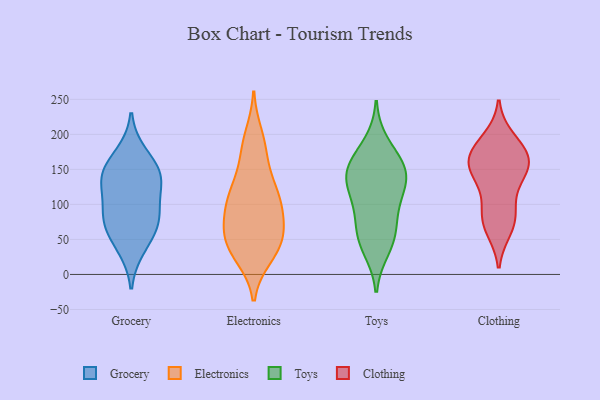
{"axis": {"x": "Churn Rate (%)", "y": "Value"}, "legend": ["Clothing", "Electronics", "Grocery", "Toys"], "data": [{"x": "", "y": 138, "type": "Grocery"}, {"x": "", "y": 128, "type": "Grocery"}, {"x": "", "y": 77, "type": "Grocery"}, {"x": "", "y": 85, "type": "Grocery"}, {"x": "", "y": 140, "type": "Grocery"}, {"x": "", "y": 172, "type": "Grocery"}, {"x": "", "y": 60, "type": "Grocery"}, {"x": "", "y": 89, "type": "Grocery"}, {"x": "", "y": 147, "type": "Grocery"}, {"x": "", "y": 38, "type": "Grocery"}, {"x": "", "y": 181, "type": "Electronics"}, {"x": "", "y": 35, "type": "Electronics"}, {"x": "", "y": 174, "type": "Electronics"}, {"x": "", "y": 99, "type": "Electronics"}, {"x": "", "y": 86, "type": "Electronics"}, {"x": "", "y": 109, "type": "Electronics"}, {"x": "", "y": 198, "type": "Electronics"}, {"x": "", "y": 53, "type": "Electronics"}, {"x": "", "y": 107, "type": "Electronics"}, {"x": "", "y": 72, "type": "Electronics"}, {"x": "", "y": 49, "type": "Electronics"}, {"x": "", "y": 28, "type": "Electronics"}, {"x": "", "y": 133, "type": "Electronics"}, {"x": "", "y": 58, "type": "Electronics"}, {"x": "", "y": 131, "type": "Electronics"}, {"x": "", "y": 104, "type": "Electronics"}, {"x": "", "y": 53, "type": "Electronics"}, {"x": "", "y": 26, "type": "Electronics"}, {"x": "", "y": 135, "type": "Toys"}, {"x": "", "y": 160, "type": "Toys"}, {"x": "", "y": 68, "type": "Toys"}, {"x": "", "y": 63, "type": "Toys"}, {"x": "", "y": 36, "type": "Toys"}, {"x": "", "y": 104, "type": "Toys"}, {"x": "", "y": 187, "type": "Toys"}, {"x": "", "y": 151, "type": "Toys"}, {"x": "", "y": 103, "type": "Toys"}, {"x": "", "y": 155, "type": "Toys"}, {"x": "", "y": 129, "type": "Toys"}, {"x": "", "y": 47, "type": "Toys"}, {"x": "", "y": 140, "type": "Toys"}, {"x": "", "y": 65, "type": "Clothing"}, {"x": "", "y": 147, "type": "Clothing"}, {"x": "", "y": 174, "type": "Clothing"}, {"x": "", "y": 182, "type": "Clothing"}, {"x": "", "y": 163, "type": "Clothing"}, {"x": "", "y": 88, "type": "Clothing"}, {"x": "", "y": 160, "type": "Clothing"}, {"x": "", "y": 88, "type": "Clothing"}, {"x": "", "y": 162, "type": "Clothing"}, {"x": "", "y": 144, "type": "Clothing"}, {"x": "", "y": 130, "type": "Clothing"}, {"x": "", "y": 72, "type": "Clothing"}, {"x": "", "y": 193, "type": "Clothing"}]}